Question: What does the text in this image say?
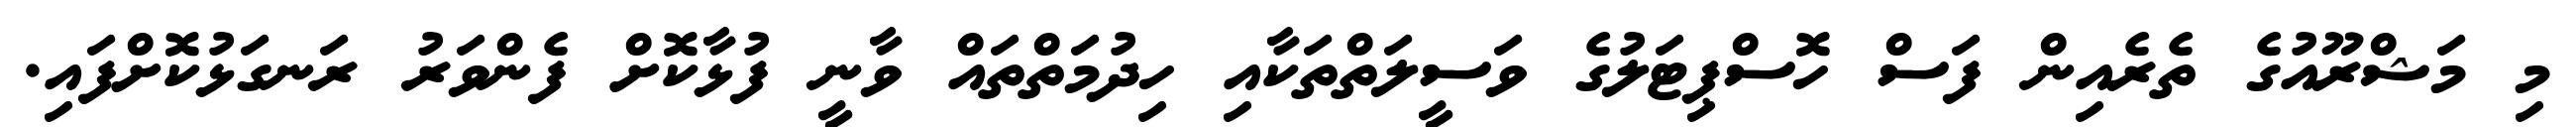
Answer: މި މަޝްރޫއުގެ ތެރެއިން ފަސް ހޮސްޕިޓަލުގެ ވަސީލަތްތަކާއި ހިދުމަތްތައް ވާނީ ފުޅާކޮށް ފެންވަރު ރަނގަޅުކޮށްފައި.